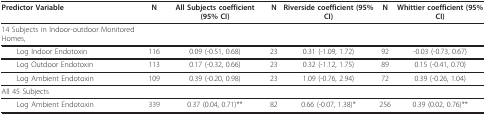
<table><thead><tr><td><b>Predictor Variable</b></td><td><b>N</b></td><td><b>All Subjects coefficient (95% CI)</b></td><td><b>N</b></td><td><b>Riverside coefficient (95% CI)</b></td><td><b>N</b></td><td><b>Whittier coefficient (95% CI)</b></td></tr></thead><tbody><tr><td>14 Subjects in Indoor-outdoor Monitored Homes,</td><td></td><td></td><td></td><td></td><td></td><td></td></tr><tr><td> Log Indoor Endotoxin</td><td>116</td><td>0.09 (-0.51, 0.68)</td><td>23</td><td>0.31 (-1.09, 1.72)</td><td>92</td><td>-0.03 (-0.73, 0.67)</td></tr><tr><td> Log Outdoor Endotoxin</td><td>113</td><td>0.17 (-0.32, 0.66)</td><td>23</td><td>0.32 (-1.12, 1.75)</td><td>89</td><td>0.15 (-0.41, 0.70)</td></tr><tr><td> Log Ambient Endotoxin</td><td>109</td><td>0.39 (-0.20, 0.98)</td><td>23</td><td>1.09 (-0.76, 2.94)</td><td>72</td><td>0.39 (-0.26, 1.04)</td></tr><tr><td>All 45 Subjects</td><td></td><td></td><td></td><td></td><td></td><td></td></tr><tr><td> Log Ambient Endotoxin</td><td>339</td><td>0.37 (0.04, 0.71)**</td><td>82</td><td>0.66 (-0.07, 1.38)*</td><td>256</td><td>0.39 (0.02, 0.76)**</td></tr></tbody></table>